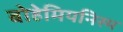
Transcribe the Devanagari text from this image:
बोहेमियनिस्म